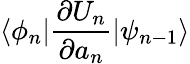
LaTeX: \langle\phi_{n}|\frac{\partial U_{n}}{\partial a_{n}}|\psi_{n-1}\rangle